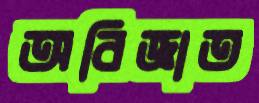
অবিজ্ঞাত